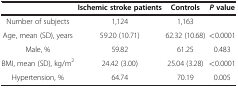
|  | Ischemic stroke patients | Controls | P value |
 | --- | --- | --- | --- |
 | Number of subjects | 1,124 | 1,163 |  |
 | Age, mean (SD), years | 59.20 (10.71) | 62.32 (10.68) | <0.0001 |
 | Male, % | 59.82 | 61.25 | 0.483 |
 | BMI, mean (SD), kg/m2 | 24.42 (3.00) | 25.04 (3.28) | <0.0001 |
 | Hypertension, % | 64.74 | 70.19 | 0.005 |